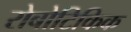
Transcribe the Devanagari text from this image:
रोबोटिकिक